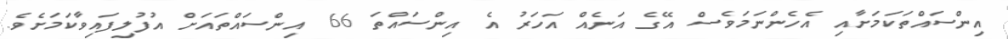
އިންސައްތަކަމަށާއި އެހެންނަމަވެސް އޭގެ އަނެއް އަހަރު އެ އިންސައްތަ 66 އިންސައްތައަށް އުފުލިފައިވާކަމަށެވެ.